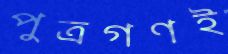
পুত্রগণই